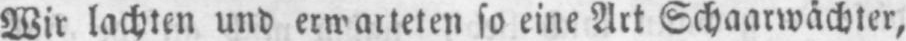
so eine Art Schaarwächter,